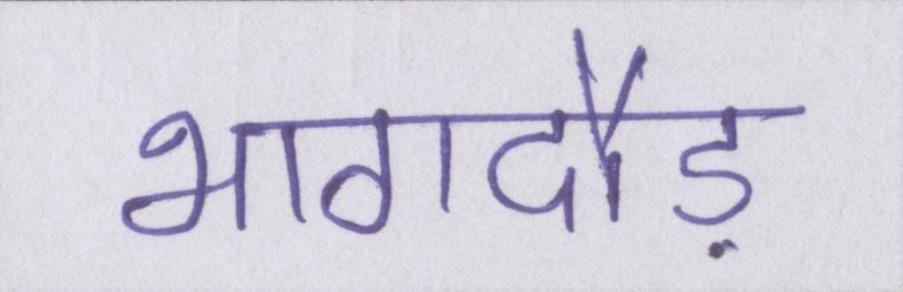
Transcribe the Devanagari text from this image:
भागदौड़